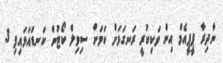
ނާދިރާ ޕީޕީއެމް އިން ވަކިކުރީ ރަނގަޅަށް ކަމަށް ސިވިލް ކޯޓުން ކަނޑައަޅައިފި 3